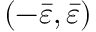
( - \bar { \varepsilon } , \bar { \varepsilon } )